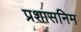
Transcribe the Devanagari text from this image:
प्रशासनिम